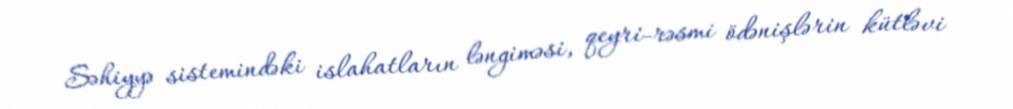
Səhiyyə sistemindəki islahatların ləngiməsi, qeyri-rəsmi ödənişlərin kütləvi